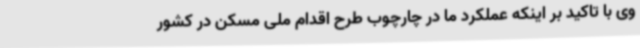
وی با تاکید بر اینکه عملکرد ما در چارچوب طرح اقدام ملی مسکن در کشور